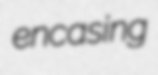
encasing